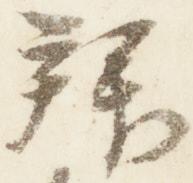
拝